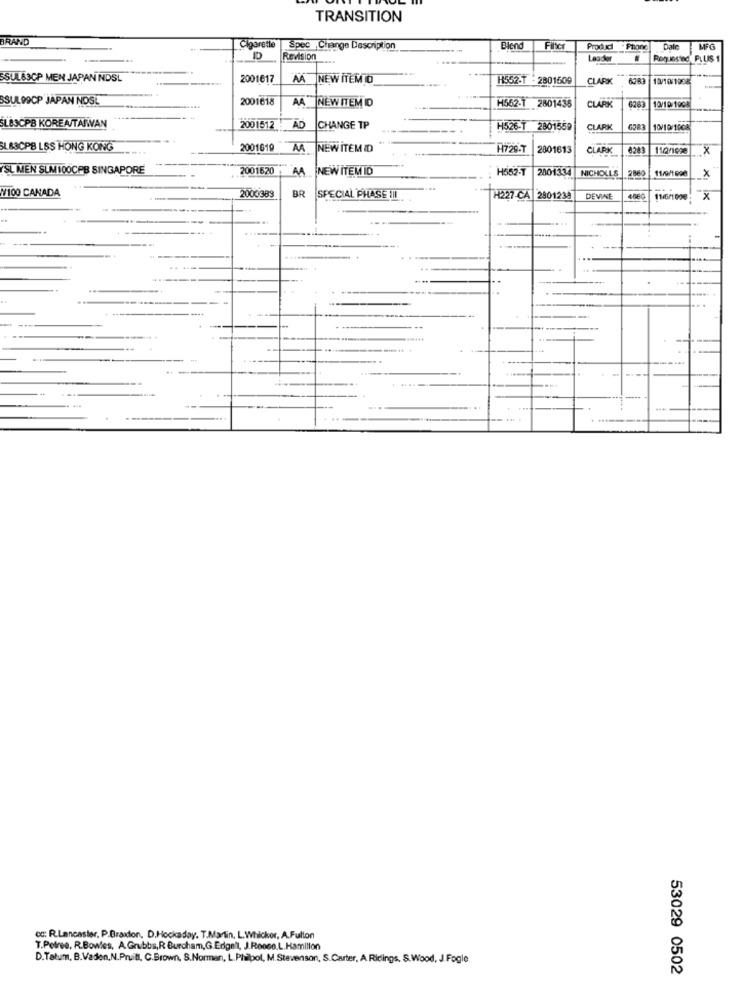
TRANSITION
BRAND
Cigarette
Spec ,Change Description
Blend
Filter
Produd . Phone
Dale
Revision
Leader
Rogueting PLUS 1
SSUL63CP MEN JAPAN NDSL
2001617
M
NEW ITEM TO
H552.T
2801509
CLARK 6383 10/10/1908
SSULDOCP JAPAN NOS!
2001618
AA NEWITEM ID
10/10/1008
H562-1 2801435
CLARK
6263
SL83CPB KOREATAIWAN
AD
2001512
CHANGE TP
H526-T
2801559
CLARK
10/10/1008
L&SCPB LSS HONG KONG
2001619
AA
NEW ITEM ID
17295
2801613
CLARK
8243
110/1090
x
YSL MEN SUM 100CPB SINGAPORE
2001520
AA
NEW ITEM ID
H552-T
2001334
NICHOLLS
11/9/1 000
X
N/100 CANADA
2000383
BR
SPECIAL PHASE III
H227-CA 2801238
DEVINE
4000
11/6/1006
x
. .
cc: R.Lancaster, P.Braxton, D.Hockaday. T.Martin, L.Whickor, A.Fulton
T.Pelree, R.Bowles, A.Grubbs,R Burcham,G.Edgelt, J.Roose,L. Hamilion
D.Tatum, B.Vaden,N.Pruill, C.Brown, S.Norman, L.Phipol, M.Stevenson, S.Carter, A Ridings. S.Wood, J.Fogle
53029 0502